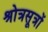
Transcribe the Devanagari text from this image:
श्रोत्रसूत्रों